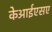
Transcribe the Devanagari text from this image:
केआईएसए